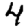
Digit: 4